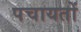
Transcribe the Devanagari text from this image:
पचायतों